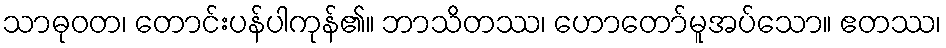
သာဓုဝတ၊ တောင်းပန်ပါကုန်၏။ ဘာသိတဿ၊ ဟောတော်မူအပ်သော။ ဧတဿ၊